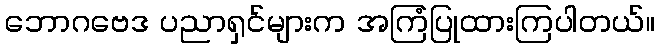
ဘောဂဗေဒ ပညာရှင်များက အကြံပြုထားကြပါတယ်။